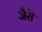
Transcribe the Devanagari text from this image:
जैसॆ